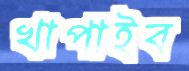
খাপাইব